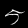
Label: 5